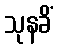
သုနခိံ